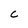
Character: C